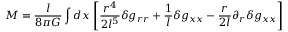
M = \frac { l } { 8 \pi G } \int d x \, \left[ \frac { r ^ { 4 } } { 2 l ^ { 5 } } \delta g _ { r r } + \frac { 1 } { l } \delta g _ { x x } - \frac { r } { 2 l } \partial _ { r } \delta g _ { x x } \right]